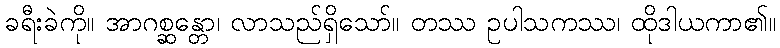
ခရီးခဲကို။ အာဂစ္ဆန္တော၊ လာသည်ရှိသော်။ တဿ ဥပါသကဿ၊ ထိုဒါယကာ၏။